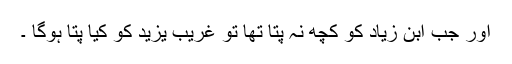
اور جب ابن زیاد کو کچھ نہ پتا تھا تو غریب یزید کو کیا پتا ہوگا ۔